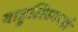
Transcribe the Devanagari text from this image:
बाहुलिसारखे